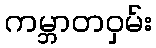
ကမ္ဘာတဝှမ်း